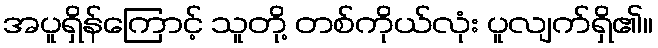
အပူရှိန်ကြောင့် သူတို့ တစ်ကိုယ်လုံး ပူလျက်ရှိ၏။